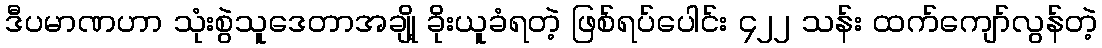
ဒီပမာဏဟာ သုံးစွဲသူဒေတာအချို့ ခိုးယူခံရတဲ့ ဖြစ်ရပ်ပေါင်း ၄၂၂ သန်း ထက်ကျော်လွန်တဲ့